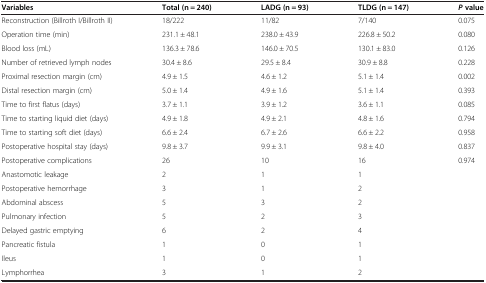
<table><thead><tr><td><b>Variables</b></td><td><b>Total (n = 240)</b></td><td><b>LADG (n = 93)</b></td><td><b>TLDG (n = 147)</b></td><td><b><i>P </i>value</b></td></tr></thead><tbody><tr><td>Reconstruction (Billroth I/Billroth II)</td><td>18/222</td><td>11/82</td><td>7/140</td><td>0.075</td></tr><tr><td>Operation time (min)</td><td>231.1 ± 48.1</td><td>238.0 ± 43.9</td><td>226.8 ± 50.2</td><td>0.080</td></tr><tr><td>Blood loss (mL)</td><td>136.3 ± 78.6</td><td>146.0 ± 70.5</td><td>130.1 ± 83.0</td><td>0.126</td></tr><tr><td>Number of retrieved lymph nodes</td><td>30.4 ± 8.6</td><td>29.5 ± 8.4</td><td>30.9 ± 8.8</td><td>0.228</td></tr><tr><td>Proximal resection margin (cm)</td><td>4.9 ± 1.5</td><td>4.6 ± 1.2</td><td>5.1 ± 1.4</td><td>0.002</td></tr><tr><td>Distal resection margin (cm)</td><td>5.0 ± 1.4</td><td>4.9 ± 1.6</td><td>5.1 ± 1.4</td><td>0.393</td></tr><tr><td>Time to first flatus (days)</td><td>3.7 ± 1.1</td><td>3.9 ± 1.2</td><td>3.6 ± 1.1</td><td>0.085</td></tr><tr><td>Time to starting liquid diet (days)</td><td>4.9 ± 1.8</td><td>4.9 ± 2.1</td><td>4.8 ± 1.6</td><td>0.794</td></tr><tr><td>Time to starting soft diet (days)</td><td>6.6 ± 2.4</td><td>6.7 ± 2.6</td><td>6.6 ± 2.2</td><td>0.958</td></tr><tr><td>Postoperative hospital stay (days)</td><td>9.8 ± 3.7</td><td>9.9 ± 3.1</td><td>9.8 ± 4.0</td><td>0.837</td></tr><tr><td>Postoperative complications</td><td>26</td><td>10</td><td>16</td><td>0.974</td></tr><tr><td>Anastomotic leakage</td><td>2</td><td>1</td><td>1</td><td> </td></tr><tr><td>Postoperative hemorrhage</td><td>3</td><td>1</td><td>2</td><td> </td></tr><tr><td>Abdominal abscess</td><td>5</td><td>3</td><td>2</td><td> </td></tr><tr><td>Pulmonary infection</td><td>5</td><td>2</td><td>3</td><td> </td></tr><tr><td>Delayed gastric emptying</td><td>6</td><td>2</td><td>4</td><td> </td></tr><tr><td>Pancreatic fistula</td><td>1</td><td>0</td><td>1</td><td> </td></tr><tr><td>Ileus</td><td>1</td><td>0</td><td>1</td><td> </td></tr><tr><td>Lymphorrhea</td><td>3</td><td>1</td><td>2</td><td> </td></tr></tbody></table>